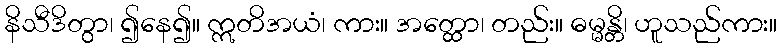
နိသီဒိတွာ၊ ၍နေ၍။ ဣတိအယံ၊ ကား။ အတ္ထော၊ တည်း။ ဓမ္မန္တိ၊ ဟူသည်ကား။